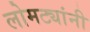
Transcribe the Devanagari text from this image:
लोमट्यांनी